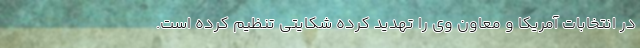
در انتخابات آمریکا و معاون وی را تهدید کرده شکایتی تنظیم کرده است.